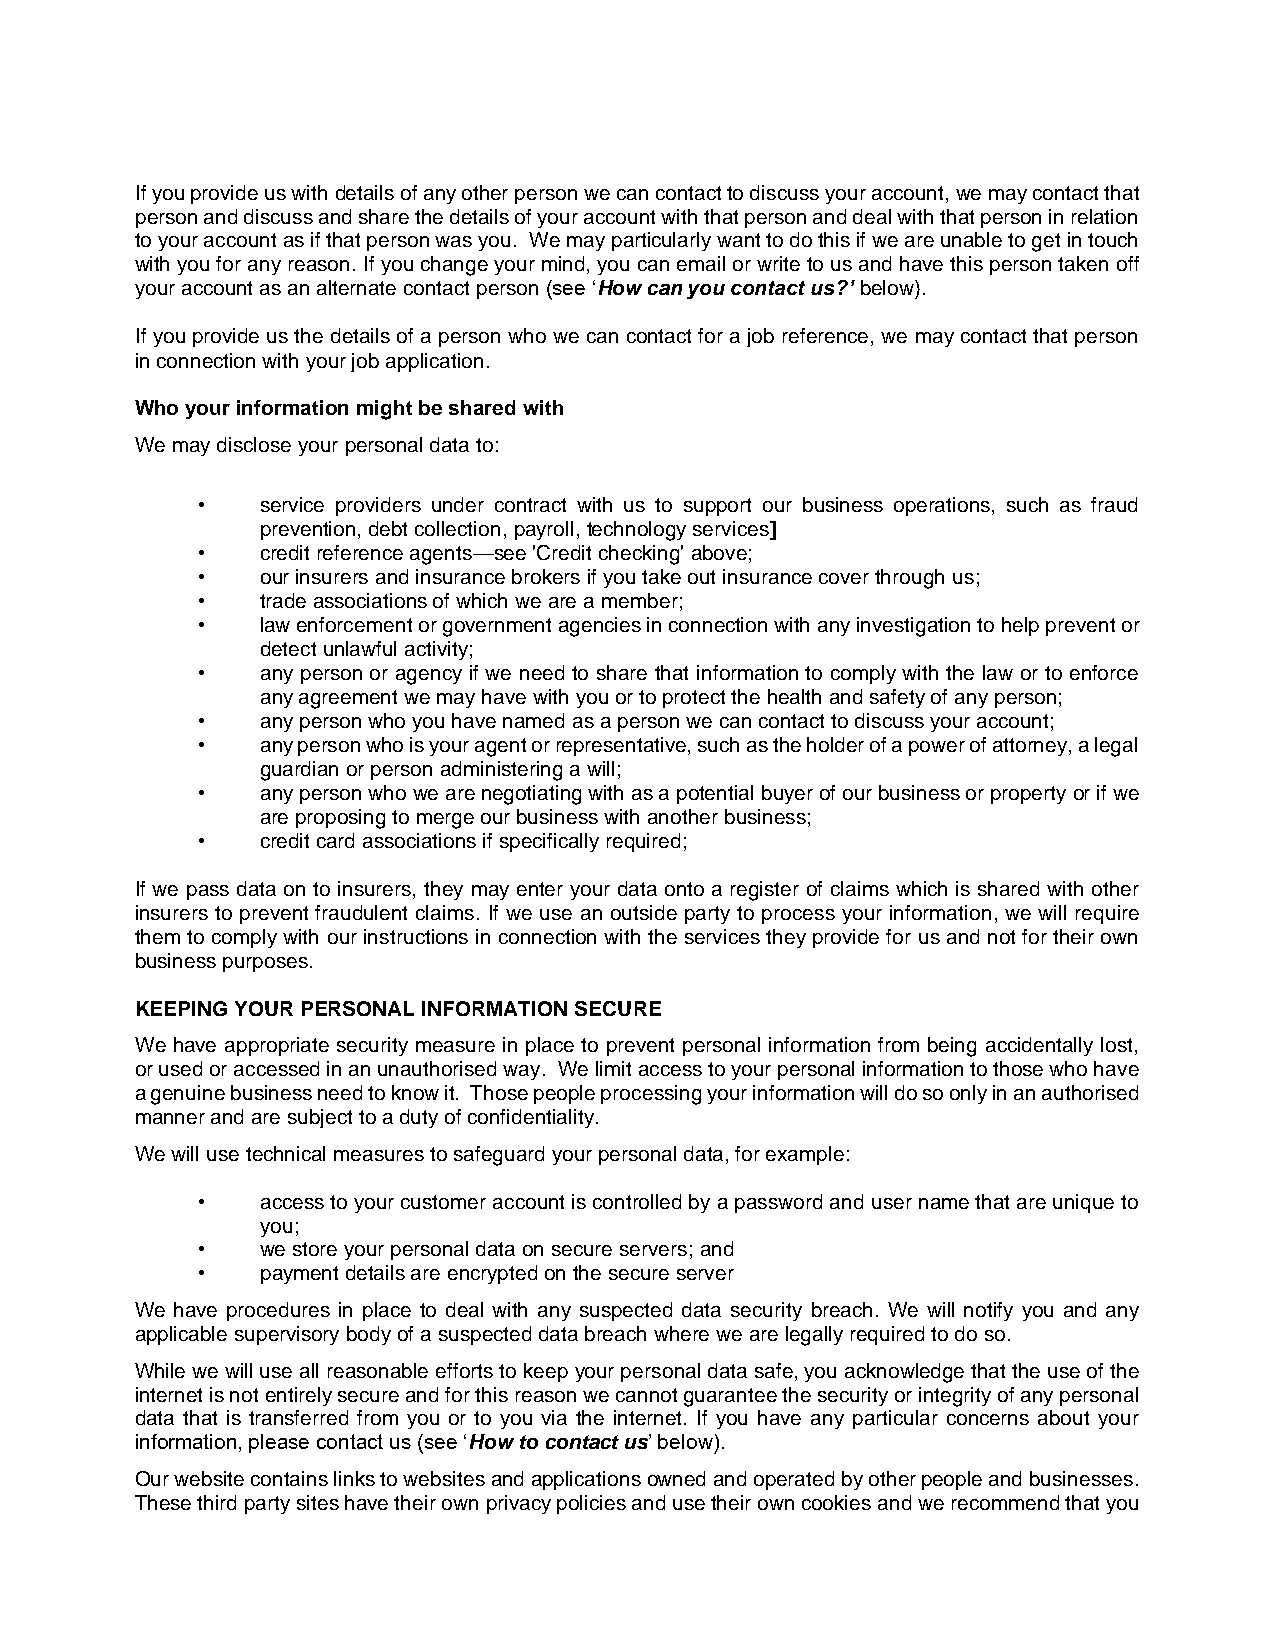
If you provide us with details of any other person we can contact to discuss your account, we may contact that
 person and discuss and share the details of your account with that person and deal with that person in relation
 to your account as if that person was you. We may particularly want to do this if we are unable to get in touch
 with you for any reason. If you change your mind, you can email or write to us and have this person taken off
 your account as an alternate contact person (see ‘How can you contact us?’ below).
 If you provide us the details of a person who we can contact for a job reference, we may contact that person
 in connection with your job application.
 Who your information might be shared with
 We may disclose your personal data to:
 •   service providers under contract with us to support our business operations, such as fraud
 prevention, debt collection, payroll, technology services]
 •   credit reference agents—see 'Credit checking' above;
 •   our insurers and insurance brokers if you take out insurance cover through us;
 •   trade associations of which we are a member;
 •   law enforcement or government agencies in connection with any investigation to help prevent or
 detect unlawful activity;
 •   any person or agency if we need to share that information to comply with the law or to enforce
 any agreement we may have with you or to protect the health and safety of any person;
 •   any person who you have named as a person we can contact to discuss your account;
 •   any person who is your agent or representative, such as the holder of a power of attorney, a legal
 guardian or person administering a will;
 •   any person who we are negotiating with as a potential buyer of our business or property or if we
 are proposing to merge our business with another business;
 •   credit card associations if specifically required;
 If we pass data on to insurers, they may enter your data onto a register of claims which is shared with other
 insurers to prevent fraudulent claims. If we use an outside party to process your information, we will require
 them to comply with our instructions in connection with the services they provide for us and not for their own
 business purposes.
 KEEPING YOUR PERSONAL INFORMATION SECURE
 We have appropriate security measure in place to prevent personal information from being accidentally lost,
 or used or accessed in an unauthorised way. We limit access to your personal information to those who have
 a genuine business need to know it. Those people processing your information will do so only in an authorised
 manner and are subject to a duty of confidentiality.
 We will use technical measures to safeguard your personal data, for example:
 •   access to your customer account is controlled by a password and user name that are unique to
 you;
 •   we store your personal data on secure servers; and
 •   payment details are encrypted on the secure server
 We have procedures in place to deal with any suspected data security breach. We will notify you and any
 applicable supervisory body of a suspected data breach where we are legally required to do so.
 While we will use all reasonable efforts to keep your personal data safe, you acknowledge that the use of the
 internet is not entirely secure and for this reason we cannot guarantee the security or integrity of any personal
 data that is transferred from you or to you via the internet. If you have any particular concerns about your
 information, please contact us (see ‘How to contact us’ below).
 Our website contains links to websites and applications owned and operated by other people and businesses.
 These third party sites have their own privacy policies and use their own cookies and we recommend that you